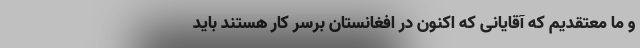
و ما معتقدیم که آقایانی که اکنون در افغانستان برسر کار هستند باید